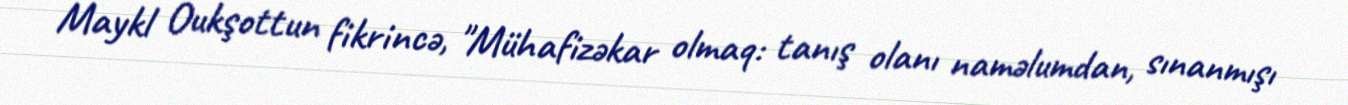
Maykl Oukşottun fikrincə, "Mühafizəkar olmaq: tanış olanı naməlumdan, sınanmışı